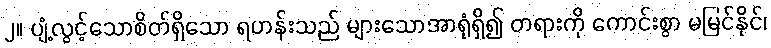
၂။ ပျံ့လွင့်သောစိတ်ရှိသော ရဟန်းသည် များသောအာရုံရှိ၍ တရားကို ကောင်းစွာ မမြင်နိုင်၊